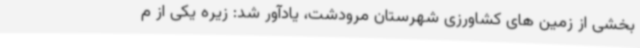
بخشی از زمین های کشاورزی شهرستان مرودشت، یادآور شد: زیره یکی از م